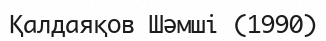
Қалдаяқов Шәмші (1990)